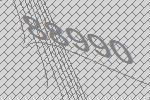
88990